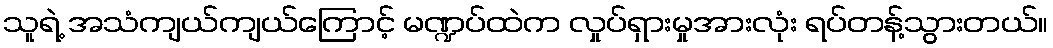
သူရဲ့ အသံကျယ်ကျယ်ကြောင့် မဏ္ဍပ်ထဲက လှုပ်ရှားမှုအားလုံး ရပ်တန့်သွားတယ်။